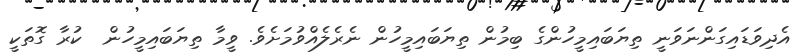
އެދިވަޑައިގަންނަވަނީ ތިޔަބައިމީހުންގެ ބިމުން ތިޔަބައިމީހުން ނެރެލެއްވުމަށެވެ. ވީމާ ތިޔަބައިމީހުން  ކުރާ ގޮތަކީ